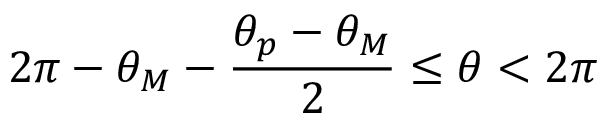
2 \pi - \theta _ { M } - \frac { \theta _ { p } - \theta _ { M } } { 2 } \le \theta < 2 \pi